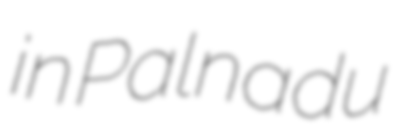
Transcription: in Palnadu